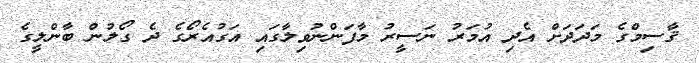
ޤާސިމްގެ މަދަދަށް އެދި އުމަރު ނަސީރު މާފަންނުވިލާގައި އަގުއެރޯގެ ދެ ގޯލުން ބާންލީގެ